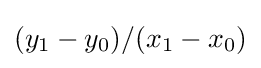
(y_{1}-y_{0})/(x_{1}-x_{0})